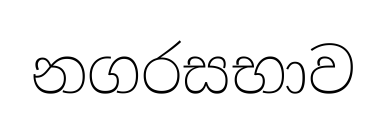
නගරසභාව